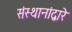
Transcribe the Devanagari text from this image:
संस्थानांद्वारे